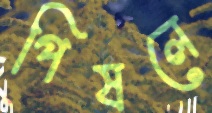
পিষলে